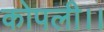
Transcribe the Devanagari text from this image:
कोपली।।